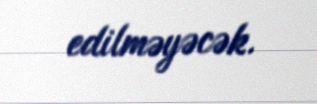
edilməyəcək.